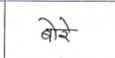
मजकूर: बोरे